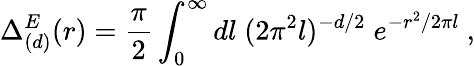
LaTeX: \Delta_{(d)}^{E}(r)={\frac{\pi}{2}}\int_{0}^{\infty}dl\; (2\pi^{2}l)^{-d/2}\; e^{-r^{2}/2\pi l}\ ,